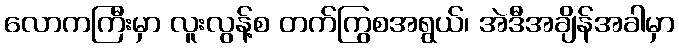
လောကကြီးမှာ လူးလွန့်စ တက်ကြွစအရွယ်၊ အဲဒီအချိန်အခါမှာ